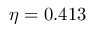
\eta = 0 . 4 1 3